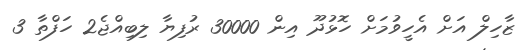
ޒާހިލް އަށް އެހީވުމަށް ހޮޅުދޫ އިން 30000 ރުފިޔާ ލިބިއްޖެ2 ހަފްތާ 3